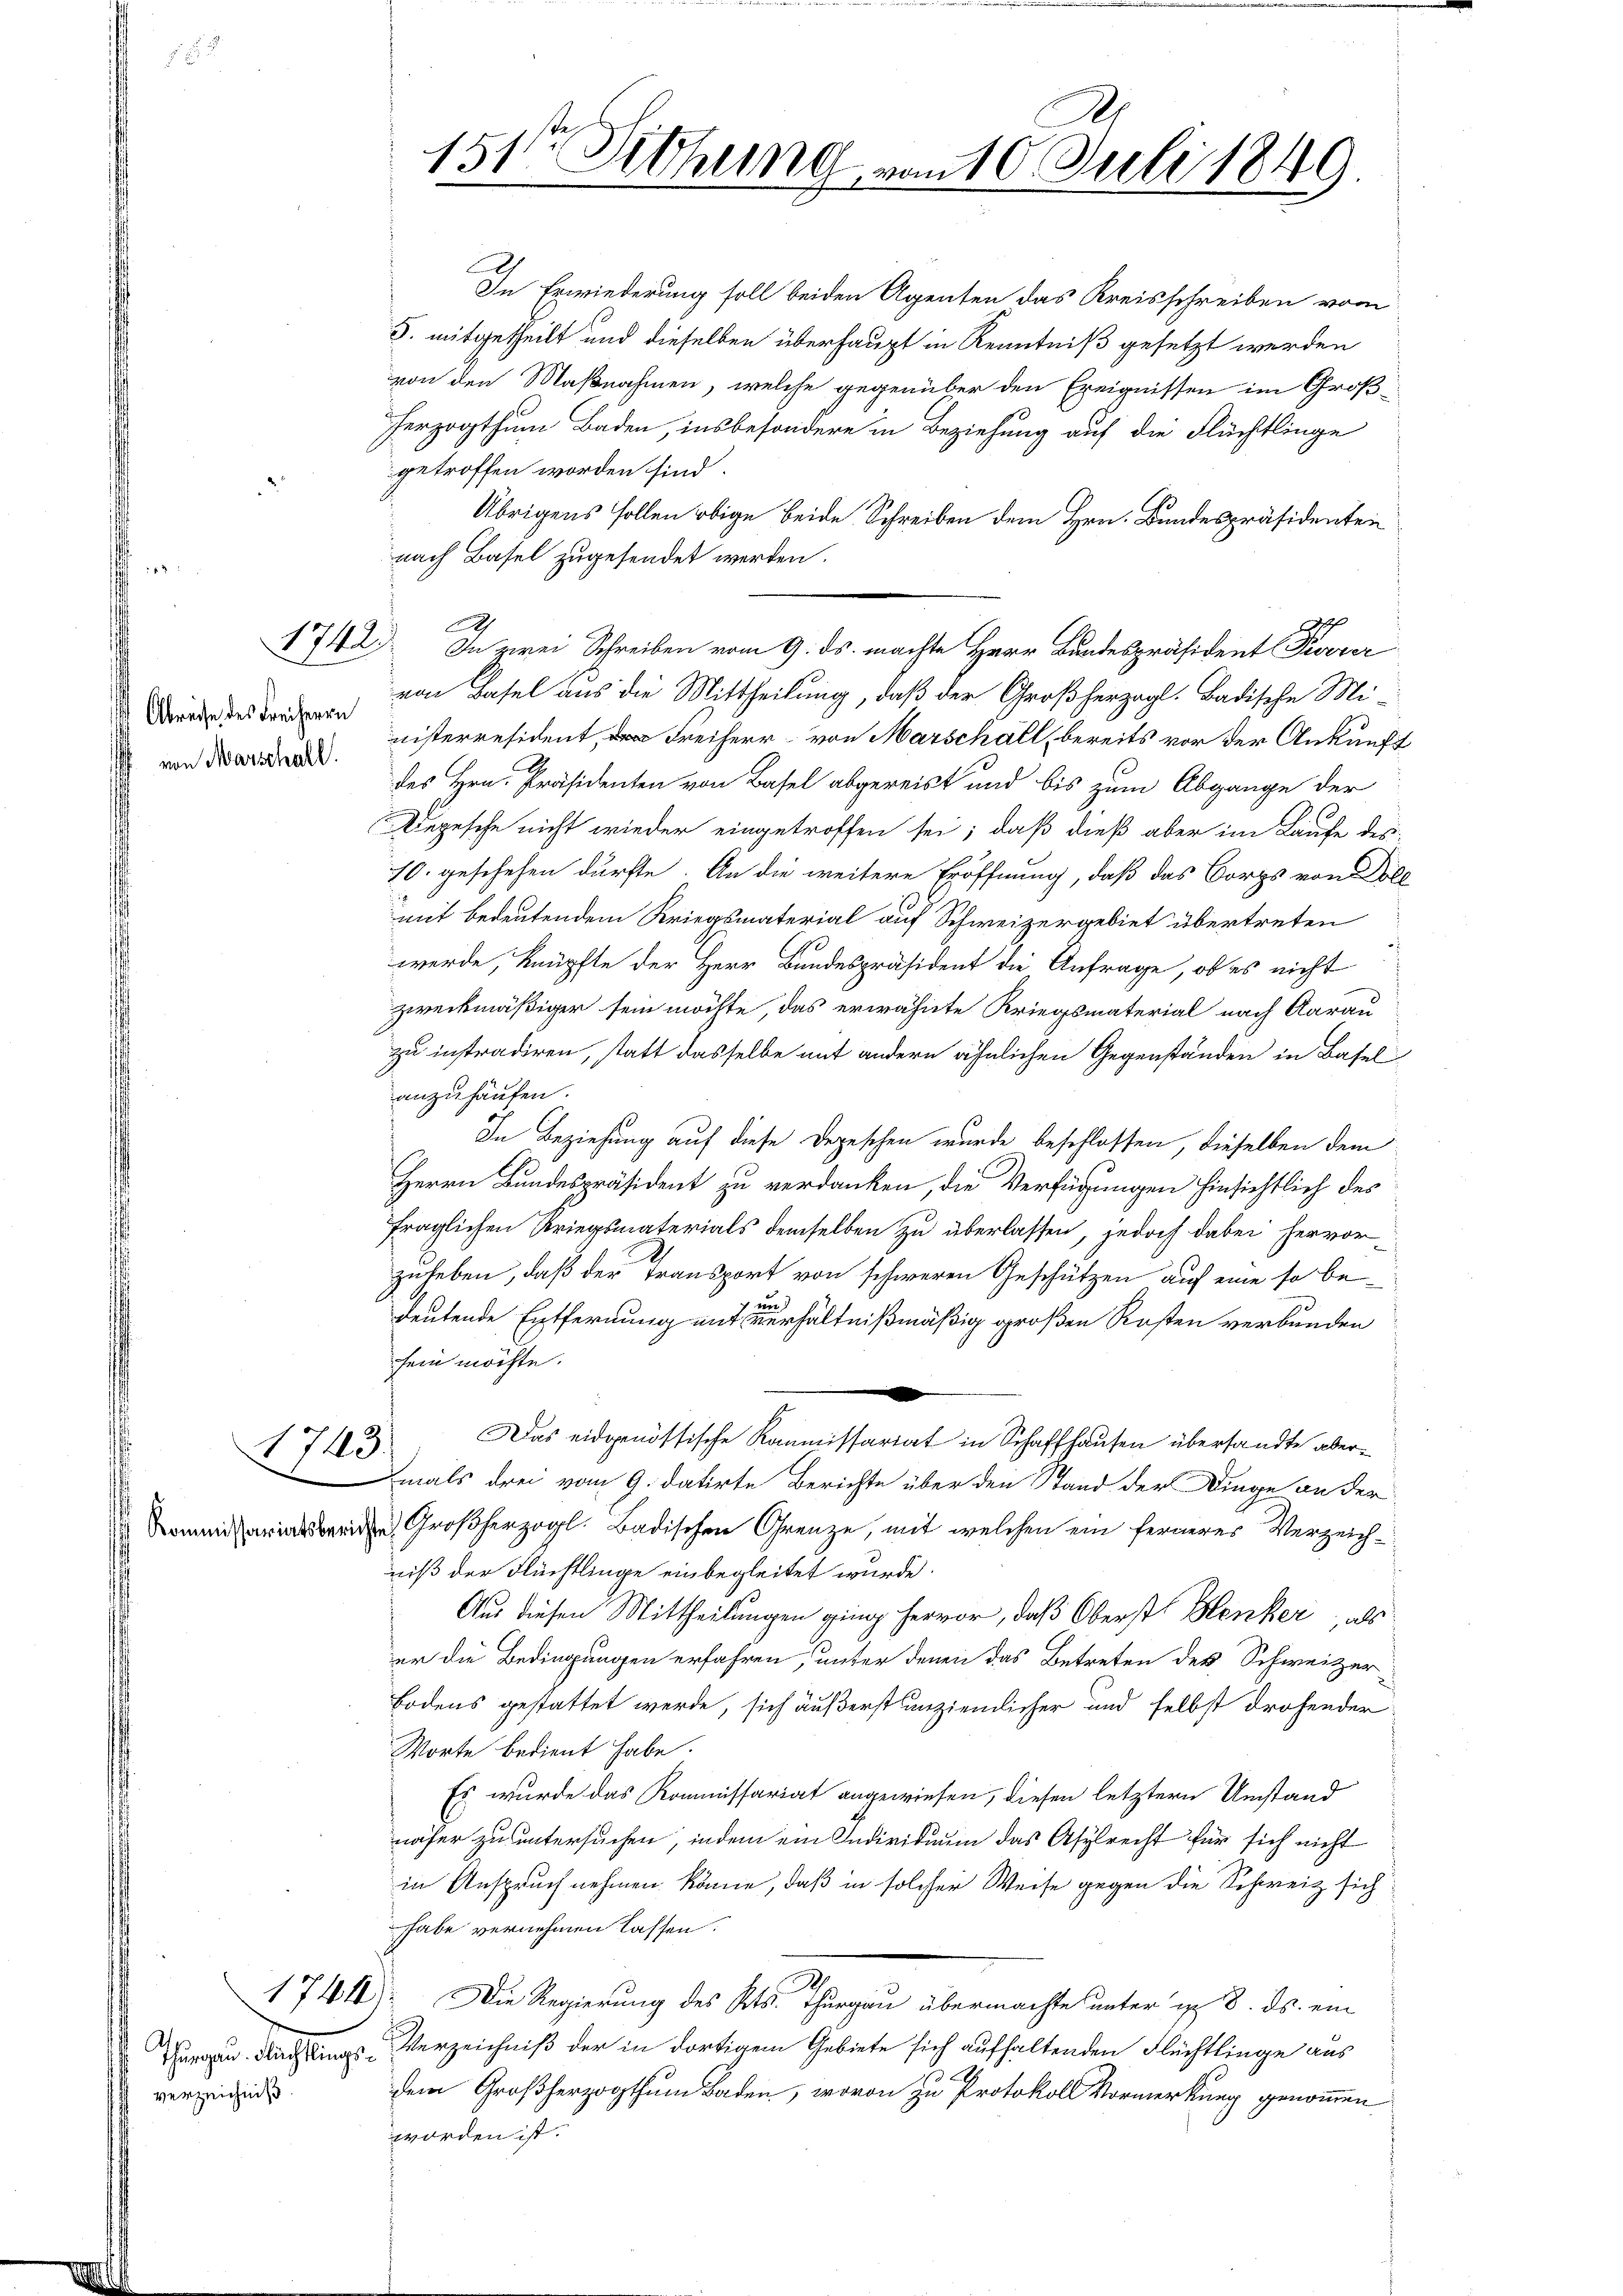
1742

Abreise des Freiherrn
von Marschall.

1713.

verzeichniß.

151. Dethung von 10 Juli 1849

n
In Erwiederung soll beiden Agenten das Kreisschreiben vom
§. mitgetheilt und dieselben überhaupt in Kenntniß gesetzt werden
von den Maßnahmen, welche gegenüber den Ereignissen im Groß
herzogthum Baden, insbesondere in Beziehung auf die Flüchtlinge
getroffen worden sind.
Übrigens sollen obige beide Schreiben dem Hrn. Bundespräsidenten
nach Basel zugesendet werden.
A
In zwei Schreiben vom 9. ds. machte Herr Bandespräsident Pivrer
von Basel aus die Mittheilung, daß der Großherzogl. Badische Mi-
nisterresident, da Freiherr von Marschall, bereits vor der Ankunft
des Hrn. Präsidenten von Basel abgereist und bis zum Abgange der
Regesche nicht wieder eingetroffen sei; daß dieß aber im Laufe des
70. geschehen dürfte. An die weitere Eröffnung, daß das Corps von Doll
mit bedeutendem Kriegsmaterial auf Schweizergebiet übertreten
werde, knüpfte der Herr Bundespräsident die Anfrage, ob es nicht
zweckmäßiger sein möchte, das erwähnte Kriegsmaterial nach Aarau
zu instradiren, statt dasselbe mit andern ähnlichen Gegenständen in Basel
anzuhaufen.
In Beziehung auf diese Depeschen wurde beschlossen, dieselben dem
Herrn Bundespräsident zu verdanken, die Verfügungen hinsichtlich des
fraglichen Kriegsmaterials demselben zu überlassen, jedoch dabei hervor
zuheben, daß der Transport von schweren Geschützen auf eine so bevors
heutende Entfernung mit verhältnißmäßig großen Kosten verbunden
sein möchte.
Das eidgenössische Kommissariat in Schaffhausen übersandte abermals drei vom 9. datirte Berichte über den Stand der Dinge an der
Kommissariareiden Großherzogl. Badischen Grenze, mit welchen ein ferneres Verzeichniß der Flächtlinge einbegleitet wurde.
Aus diesen Mittheilungen ging hervor, daß Oberst Blenker, als
er die Bedingungen erfahren, unter denen das Betreten des Schweizer¬
Bodens gestattet werde, sich äußerst anziemlicher und selbst drohender
Worte bedient habe.
Es wurde das Kommissariat angewiesen, diesen letztern Umstand
näher zu untersuchen, indem ein Individuum das Asylrecht für sich nicht
in Anspruch nehmen könne, daß in solcher Weise gegen die Schweiz sich
habe vernehmen lassen.
.
1741. Die Regierung des Kts. Thurgau übermachte unter ist 8. ds. ein
Thurgau. Nachlings Verzeichniß der in dortigem Gebiete sich aufhaltenden Flüchtlinge aus
dem Großherzogthum Baden, wovon zu Protokoll Vormerkung genommen
worden ist.